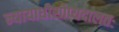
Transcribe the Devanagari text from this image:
न्यायाधीशोप्यदालतः